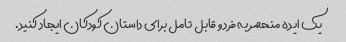
یک ایده منحصر به فرد و قابل تامل برای داستان کودکان ایجاد کنید.